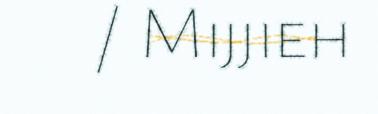
/ Mijjieh